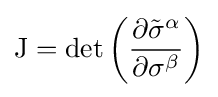
\mathrm {J} =\operatorname {det} \left({\frac {\partial {\tilde {\sigma }}^{\alpha }}{\partial \sigma ^{\beta }}}\right)